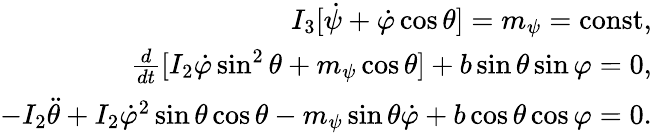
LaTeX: \begin{array}{r}{I_{3}[\dot{\psi}+\dot{\varphi}\cos\theta]=m_{\psi}=\mathrm{const},}\\ {\frac{d}{dt}[I_{2}\dot{\varphi}\sin^{2}\theta+m_{\psi}\cos\theta]+b\sin\theta\sin\varphi=0,}\\ {-I_{2}\ddot{\theta}+I_{2}\dot{\varphi}^{2}\sin\theta\cos\theta-m_{\psi}\sin\theta\dot{\varphi}+b\cos\theta\cos\varphi=0.}\end{array}